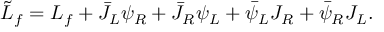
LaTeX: \tilde { L } _ { f } = L _ { f } + \bar { J } _ { L } \psi _ { R } + \bar { J } _ { R } \psi _ { L } + \bar { \psi } _ { L } J _ { R } + \bar { \psi } _ { R } J _ { L } .